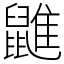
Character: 䶆